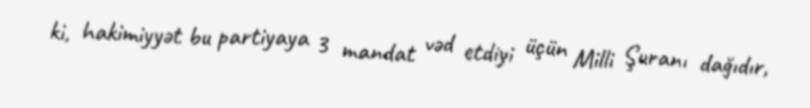
ki, hakimiyyət bu partiyaya 3 mandat vəd etdiyi üçün Milli Şuranı dağıdır,